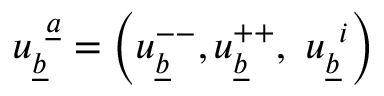
u _ { \underline { { b } } } ^ { ~ \underline { { a } } } = \left( u _ { \underline { { b } } } ^ { -- } , u _ { \underline { { b } } } ^ { + + } , ~ u _ { \underline { { b } } } ^ { ~ i } \right)